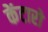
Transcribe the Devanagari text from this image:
केंटारो